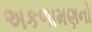
અકળામણનો